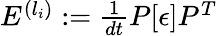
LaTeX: \begin{array}{r}{E^{(l_{i})}:=\frac{1}{dt}P[\epsilon]P^{T}}\end{array}